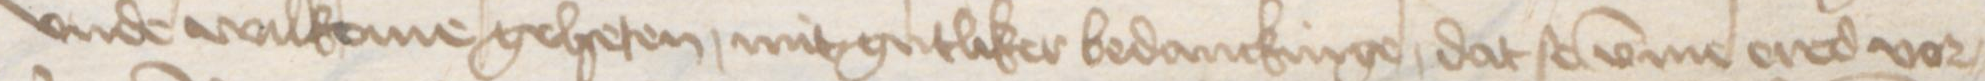
Transcription: vnde wilkome geheten mitgutliker bedanckinge, dat se vmme ered vor¬